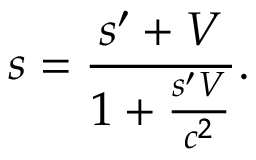
s = { \frac { s ^ { \prime } + V } { 1 + { \frac { s ^ { \prime } V } { c ^ { 2 } } } } } .